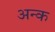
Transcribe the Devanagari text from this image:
अन्क